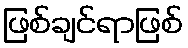
ဖြစ်ချင်ရာဖြစ်